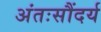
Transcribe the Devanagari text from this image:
अंतःसौंदर्य